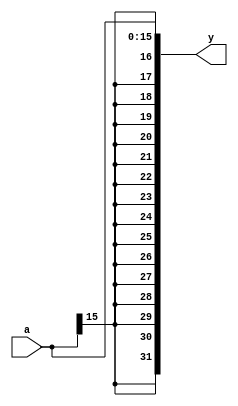
`timescale 1ns / 1ps
//////////////////////////////////////////////////////////////////////////////////
// Company: 
// Engineer: 
// 
// Design Name: 
// Module Name: signext
// Project Name: 
// Target Devices: 
// Tool Versions: 
// Description: 
// 
// Dependencies: 
// 
// Revision:
// Revision 0.01 - File Created
// Additional Comments:
// 
//////////////////////////////////////////////////////////////////////////////////


module signext (
    input [15:0] a,
    output [31:0] y);
    assign y = {{16{a[15]}}, a};
endmodule